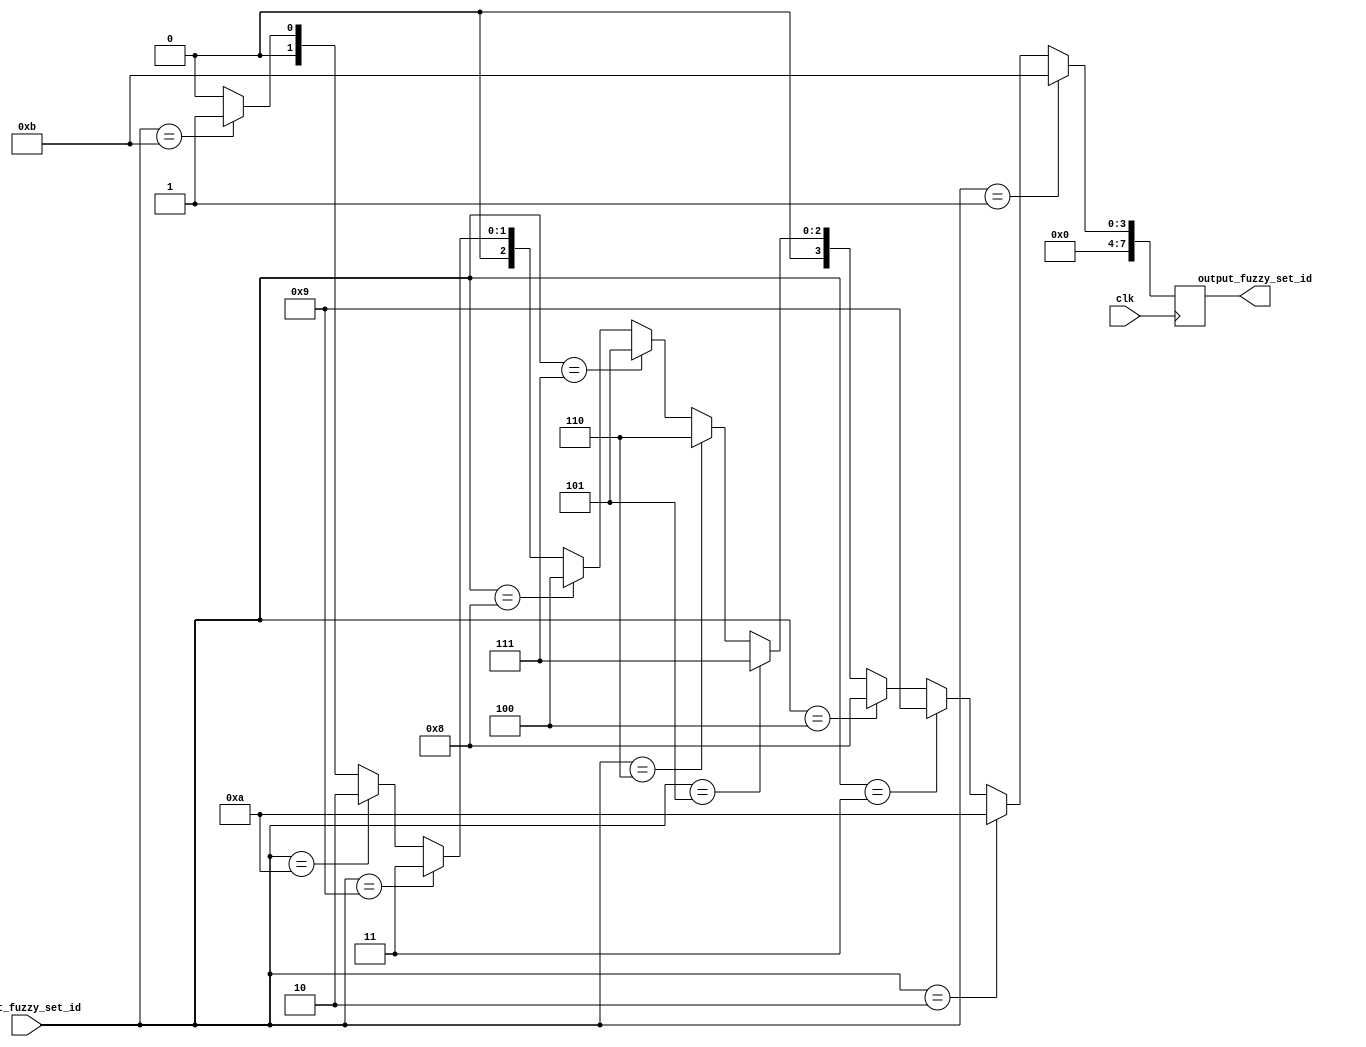
`timescale 1ns / 1ps
///////////////////////////////////////////////////////////////////////////////////////////
// Design Name: Rule Base
// Module Name: rulebase.v
// Project Name: Frequency Regulation of Synchronous Generator using Fuzzy Logic Controller
// Target Devices: Xilinx Zybo Z7-10
// Tool Versions: Vivado 2018.3
// Revision:
// Revision 0.01 - File Created
////////////////////////////////////////////////////////////////////////////////////////////

module rulebase(
    input        clk,
    input  [7:0] input_fuzzy_set_id, 
    output [7:0] output_fuzzy_set_id
    );
    
    /* Local parameters to represent the numbers for readability */
    localparam zero_ebit =     8'b00000000;
    localparam one_ebit =      8'b00000001;
    localparam two_ebit =      8'b00000010;
    localparam three_ebit =    8'b00000011;
    localparam four_ebit =     8'b00000100;
    localparam five_ebit =     8'b00000101;
    localparam six_ebit =      8'b00000110;
    localparam seven_ebit =    8'b00000111;
    localparam eight_ebit =    8'b00001000;
    localparam nine_ebit =     8'b00001001;
    localparam ten_ebit =      8'b00001010;
    localparam eleven_ebit =   8'b00001011;
    
    /* Internal registers to handle the input and ouput fuzzy sets ids */
    reg [7:0] int_input_id;
    reg [7:0] int_output_id;
    
    always@ (posedge clk) begin
        int_input_id = input_fuzzy_set_id;
        
        if (int_input_id == one_ebit) begin
        
            int_output_id = eleven_ebit;
        
        end else if (int_input_id == two_ebit) begin
        
            int_output_id = ten_ebit;
        
        end else if (int_input_id == three_ebit) begin
        
            int_output_id = nine_ebit;
        
        end else if (int_input_id == four_ebit) begin
        
            int_output_id = eight_ebit;
        
        end else if (int_input_id == five_ebit) begin
        
            int_output_id = seven_ebit;
        
        end else if (int_input_id == six_ebit) begin
        
            int_output_id = six_ebit;
        
        end else if (int_input_id == seven_ebit) begin
        
            int_output_id = five_ebit;
        
        end else if (int_input_id == eight_ebit) begin
        
            int_output_id = four_ebit;
        
        end else if (int_input_id == nine_ebit) begin
        
            int_output_id = three_ebit;
        
        end else if (int_input_id == ten_ebit) begin
        
            int_output_id = two_ebit;
        
        end else if (int_input_id == eleven_ebit) begin
        
            int_output_id = one_ebit;
            
        end else begin
        
            int_output_id = zero_ebit;
        
        end
    end /* always end */
    
    /* Assigning the value of the internal register to the output */
    assign output_fuzzy_set_id = int_output_id;
    
endmodule